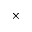
\times